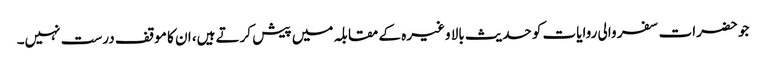
جو حضرات سفر والی روایات کو حدیث بالا وغیرہ کے مقابلہ میں پیش کرتے ہیں، ان کا موقف درست نہیں۔